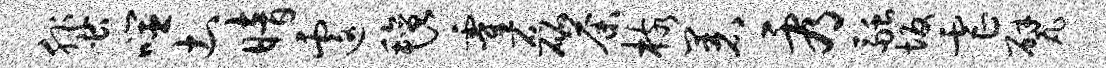
蜚噬土暗遽毡霍磊荼核着看融坂虐甓